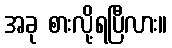
အခု စားလို့ရပြီလား။